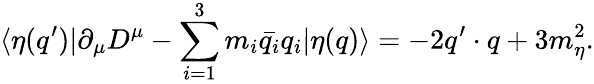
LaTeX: \langle\eta(q^{\prime})|\partial_{\mu}D^{\mu}-\sum_{i=1}^{3}m_{i}\bar{q_{i}}q_{i}|\eta(q)\rangle=-2q^{\prime}\cdot q+3m_{\eta}^{2}.